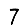
Digit: 7